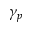
\gamma _ { p }